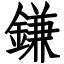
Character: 鎌